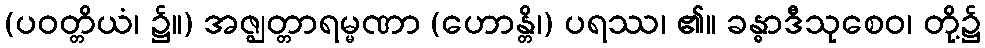
(ပဝတ္တိယံ၊ ၌။) အဇ္ဈတ္တာရမ္မဏာ (ဟောန္တိ၊) ပရဿ၊ ၏။ ခန္ဓာဒီသုစေဝ၊ တို့၌